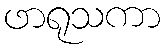
ဖာရုသကာ